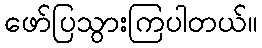
ဖော်ပြသွားကြပါတယ်။